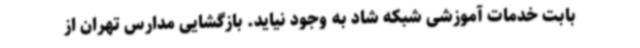
بابت خدمات آموزشی شبکه شاد به وجود نیاید. بازگشایی مدارس تهران از